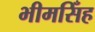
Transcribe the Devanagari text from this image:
भीमसिँह